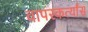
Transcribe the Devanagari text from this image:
वापरकर्त्यांस